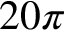
2 0 \pi